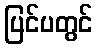
ပြင်ပတွင်